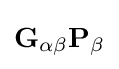
\mathbf {G} _{\alpha \beta }\mathbf {P} _{\beta }